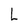
Character: L